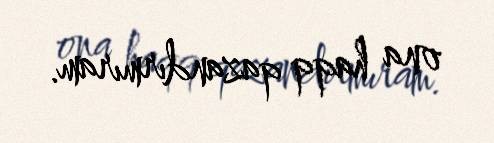
ona haqq qazandırmıram.